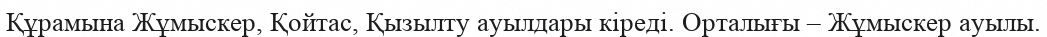
Құрамына Жұмыскер, Қойтас, Қызылту ауылдары кіреді. Орталығы – Жұмыскер ауылы.